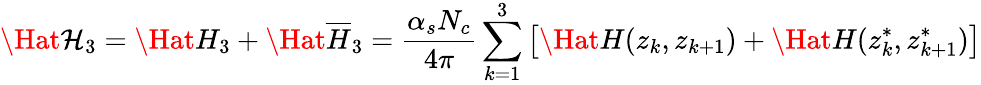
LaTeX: \Hat{\cal H}_{3}=\Hat{H}_{3}+\Hat{\overline{{{H}}}}_{3}=\frac{\alpha_{s}N_{c}}{4\pi}\sum_{k=1}^{3}\left[\Hat{H}(z_{k},z_{k+1})+\Hat{H}(z_{k}^{\ast},z_{k+1}^{\ast})\right]